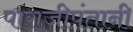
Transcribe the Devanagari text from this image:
पाराजीपंतानी